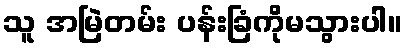
သူ အမြဲတမ်း ပန်းခြံကိုမသွားပါ။